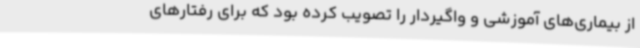
از بیماری‌های آموزشی و واگیردار را تصویب کرده بود که برای رفتارهای